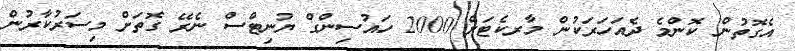
އެގޮތުން ކޮންމެ ދެއަހަރަކުން މާރކެޓަށް 2000 ހައުސިންގް ޔުނިޓްސް ނެރޭ ގޮތަށް މިސަރުކާރުން